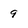
Character: 9